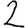
Digit: 2